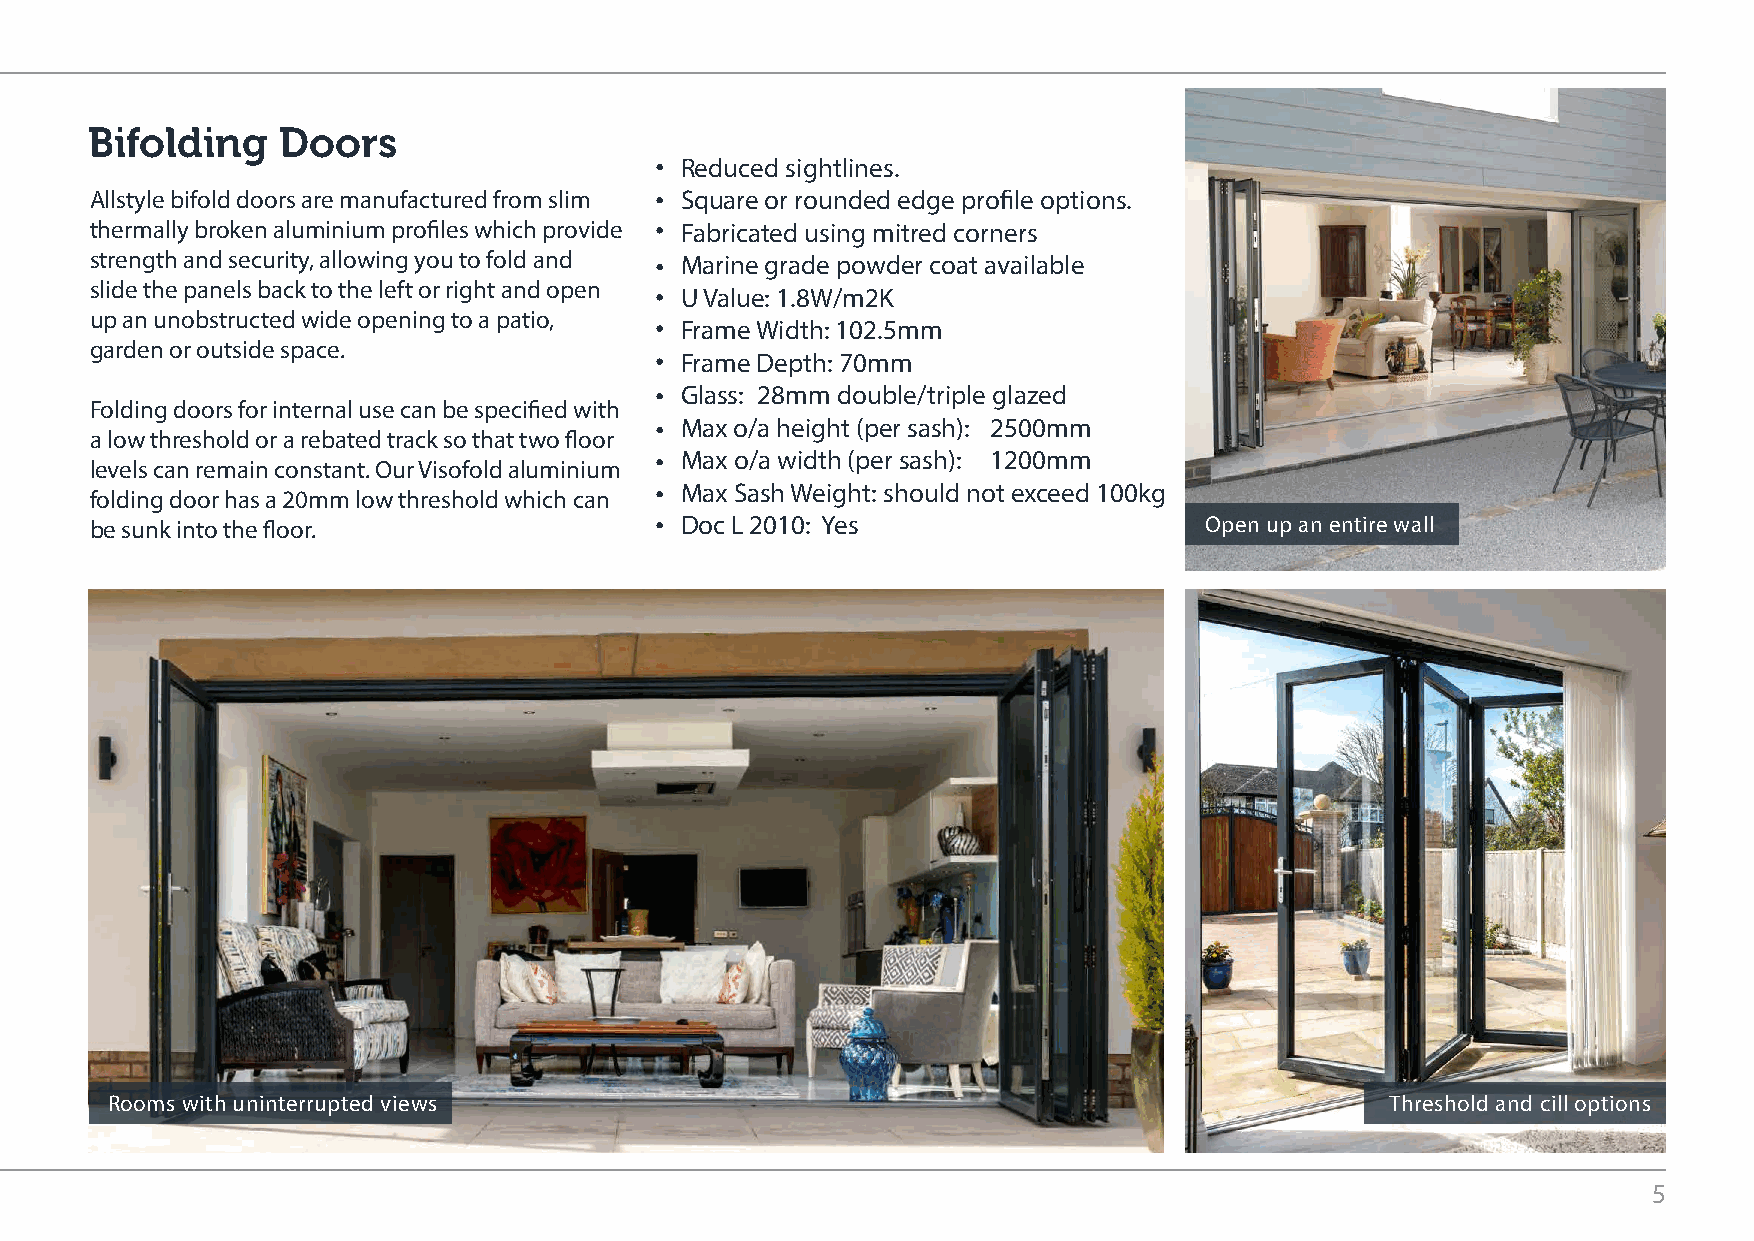
Bifolding   Doors
 Reduced sightlines.
 Allstyle bifold doors are manufactured from slim Square or rounded edge profile options.
 thermally broken aluminium profiles which provide Fabricated using mitred corners
 strength and security, allowing you to fold and Marine grade powder coat available
 slide the panels back to the left or right and open
 U Value: 1.8W/m2K
 up an unobstructed wide opening to a patio,
 Frame Width: 102.5mm
 garden or outside space.
 Frame Depth: 70mm
 Glass: 28mm double/triple glazed
 Folding doors for internal use can be specified with
 Max o/a height (per sash): 2500mm
 a low threshold or a rebated track so that two floor
 Max o/a width (per sash): 1200mm
 levels can remain constant. Our Visofold aluminium
 Max Sash Weight: should not exceed 100kg
 folding door has a 20mm low threshold which can
 be sunk into the floor.                Doc L 2010: Yes                    Open up an entire wall
 Rooms with uninterrupted views                                                       Threshold and cill options
 5